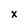
Character: x